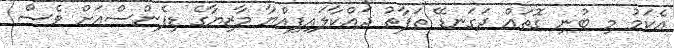
އެކަމު މި ބުނި ގޮތައް ދަގަނޑޭ ތަފާތު ދައްކާލައިފިއްޔާ މާޒިޔާގެ ޑިފެންސްއަށް ވެސް